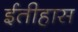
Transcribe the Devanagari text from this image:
ईतीहास